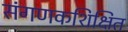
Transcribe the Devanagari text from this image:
संगणकशिक्षित